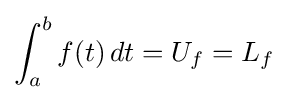
\int _{a}^{b}{f(t)\,dt}=U_{f}=L_{f}